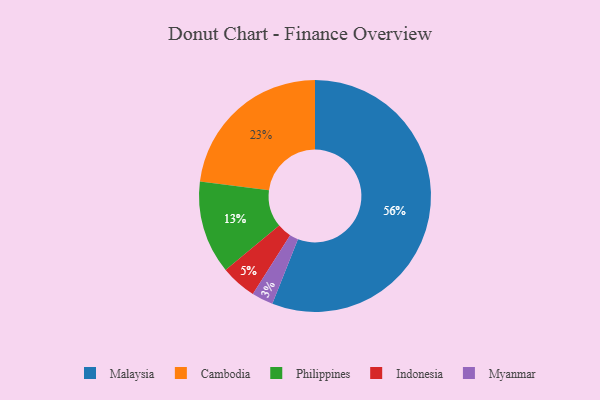
{"axis": {"x": "Category", "y": "Percentage"}, "legend": ["Cambodia", "Indonesia", "Malaysia", "Myanmar", "Philippines"], "data": [{"x": "Philippines", "y": 13, "type": "Philippines"}, {"x": "Cambodia", "y": 23, "type": "Cambodia"}, {"x": "Malaysia", "y": 56, "type": "Malaysia"}, {"x": "Indonesia", "y": 5, "type": "Indonesia"}, {"x": "Myanmar", "y": 3, "type": "Myanmar"}]}